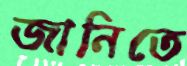
জানিতে